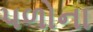
પળોના